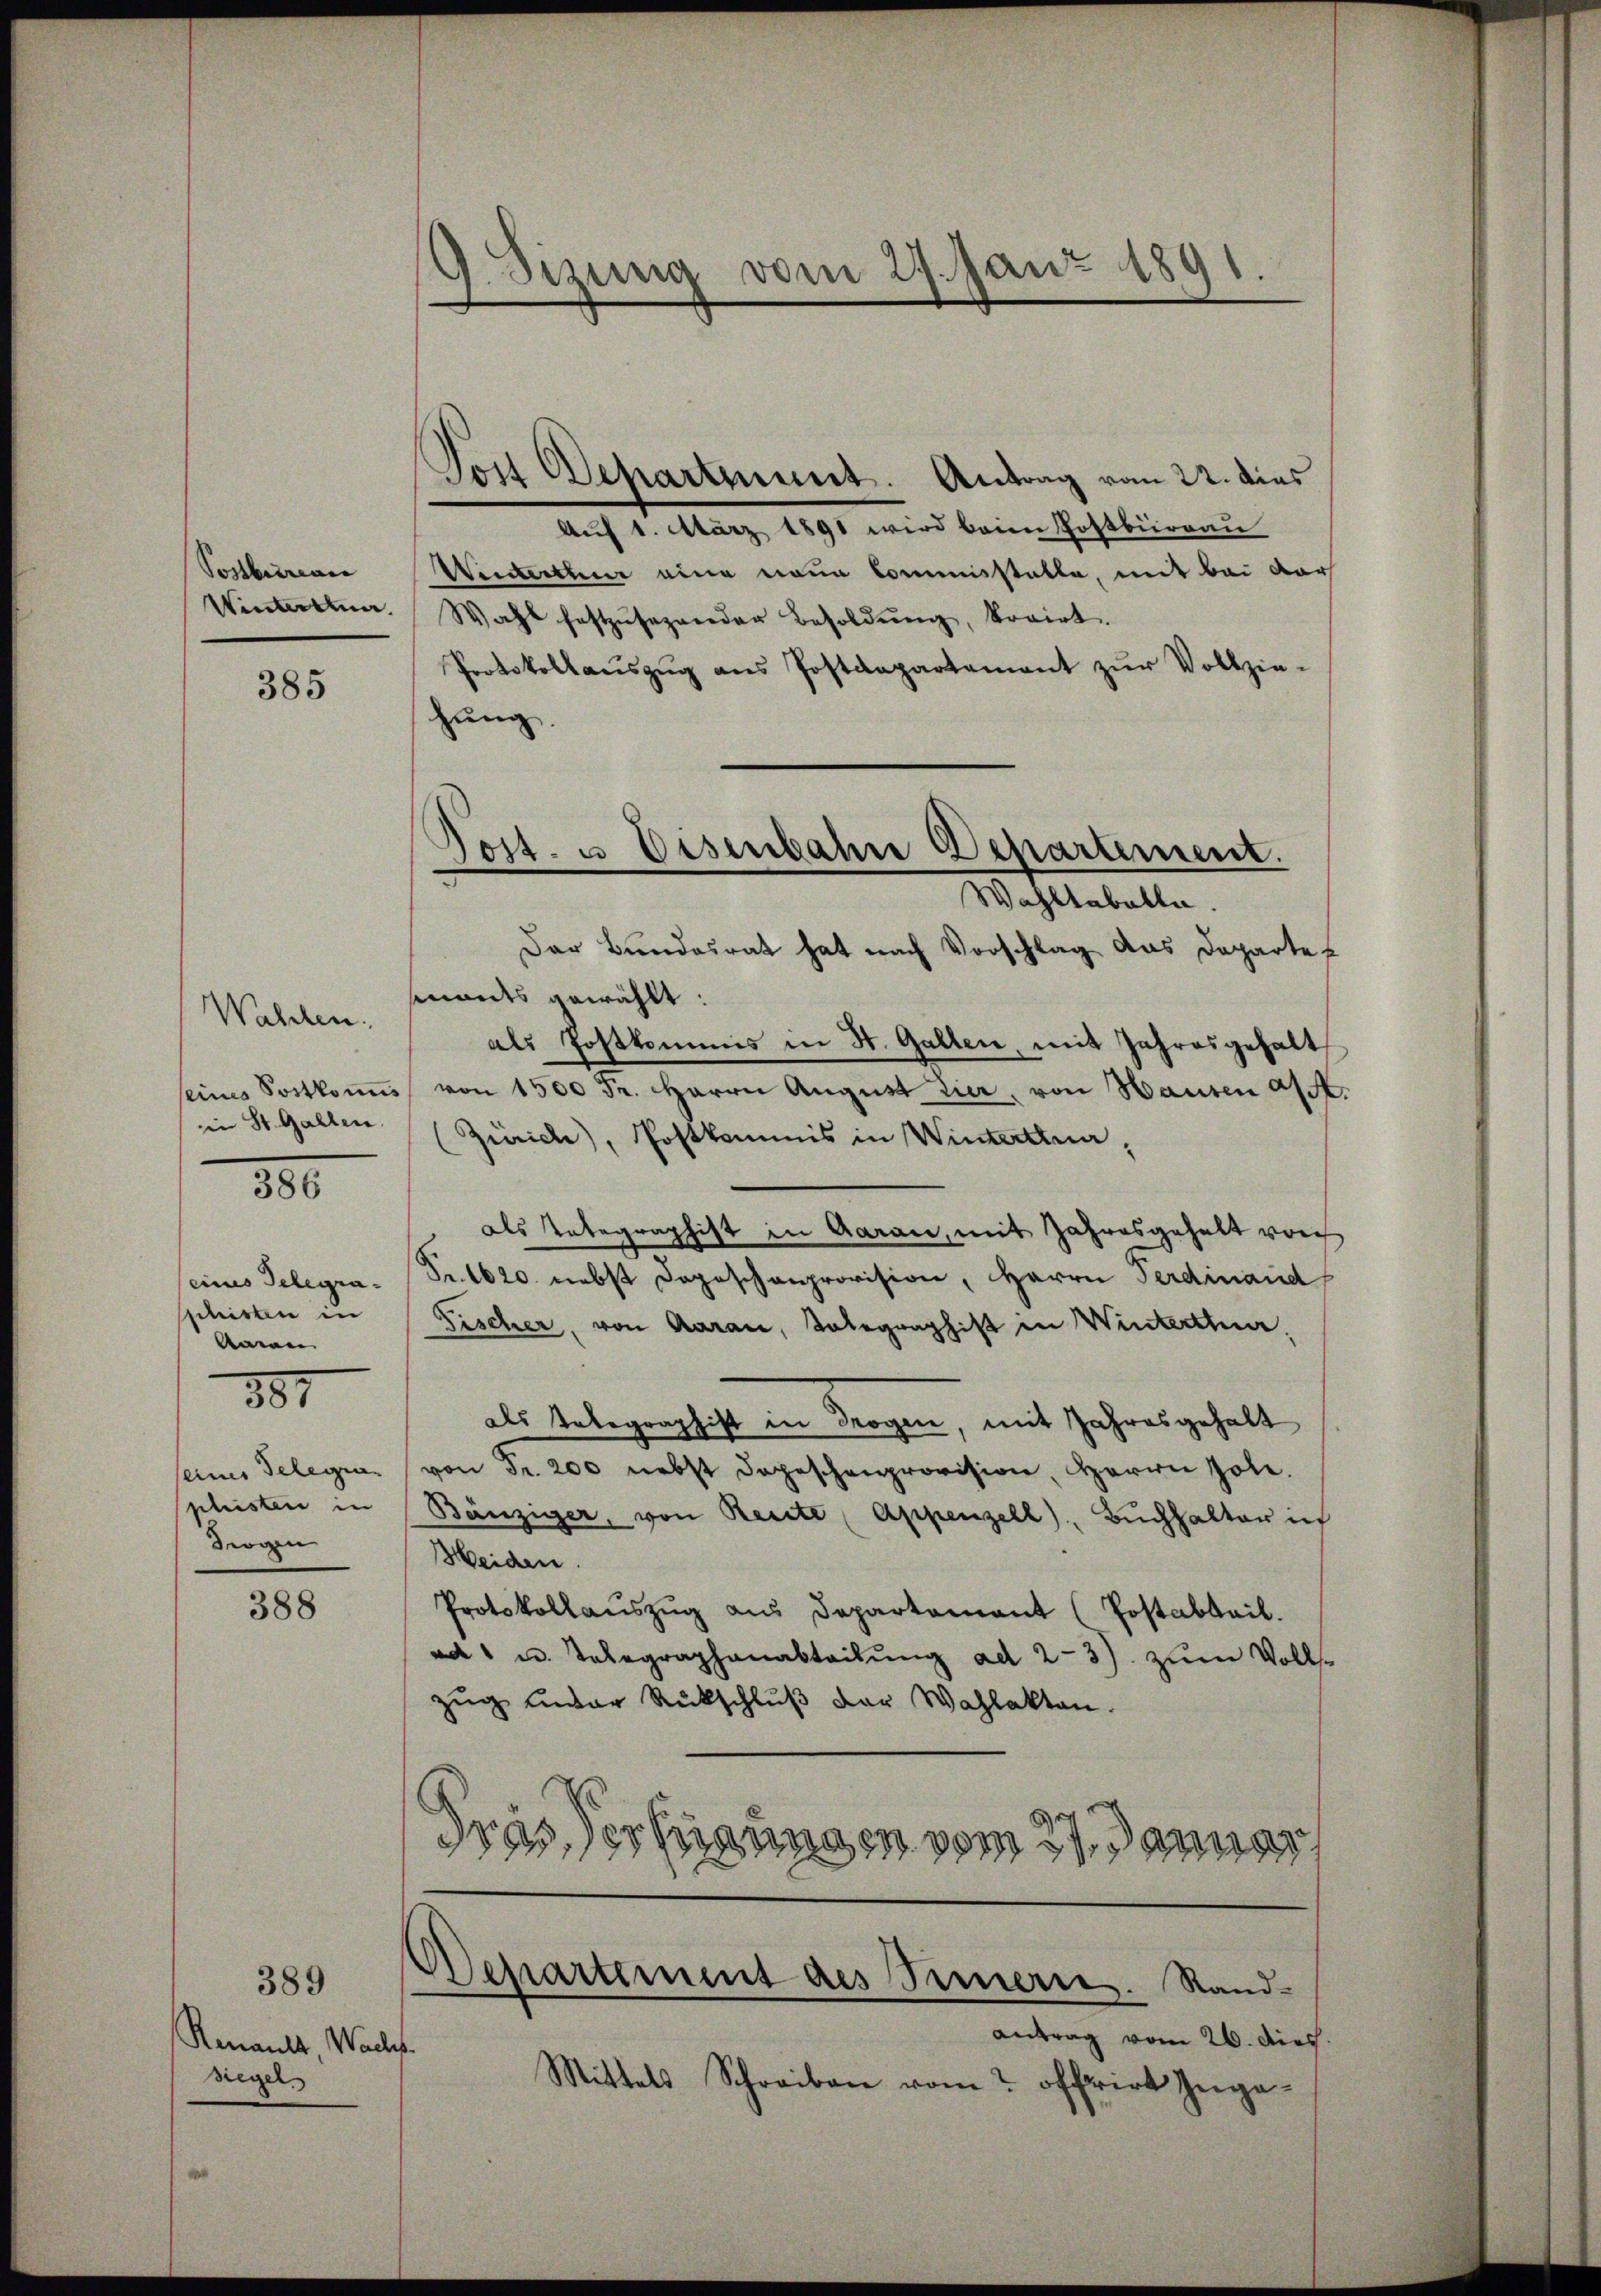
Postbureau

385

Wahlen.

380

seines Gelegra¬
Anne
deogn

387

388

389
Renault, Wacht.
siegel

. Sizung vom 27. Janz 1891.

Jon Departement. Antrag vom 22. dies
Auf 1. März 1891 wird beim Postbürrau
Werterthur eine neue Commisstatte, mit bei dar
Winterten. Wahl festzŭsezender Besoldŭng, korirt.
Protokollaŭszŭg ans Postdepartamant zŭr Vollzie-
hung.
Wahltabelle.
Der Bundesrat hat nach Vorschlag das Departe
ants gewählt:
als Postkommis in St. Gallen, mit Jahresgehalt
seines Sostkoṁ von 1500 Fr. Herrn August Eier, von Hausen a/A.
in St. Gallen (Zürich), Postkommis in Winterthur,
des Integraphist in Garan, mit Jahresgehalt vorh
Fr. 1620 nebst Deposchenprovision, Herrn Ferdinand
sschristen in Fischer, von Aarau, Telegraphist in Winterttuar,
als Telegraphist in Trogen, mit Jahresgehalt
seines Telegra von Fr. 200 nebst Depeschenprovision, Herrn Pole.
plisten in Bänziger, von Reite (Appenzell), Buchhalter ich
Heiden.
Protokollaŭszŭg aŭs Departement (Postabteil.
ad " u. Telegraphenabteilung ad 2-3) zum Vollszŭg ander Rückschlŭβ der Wahlakten.
Fras der hinungen vom 27. Januar

Post. u. Eisenbahre Departement.

Departement des Triern. Sandantrag vom 26. Dies

Mittels Schreiben vom offrirt Inge¬